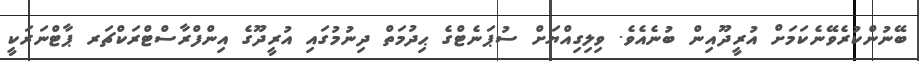
ބޭނުންކުރެވޭނެކަމަށް އުރީދޫއިން ބުނެއެވެ. ވިލިގިއްޔަށް ސުޕަނެޓްގެ ޙިދުމަތް ދިނުމުގައި އުރީދޫގެ އިންފްރާސްޓްރަކްޗަރ ޕާޓްނަރަކީ